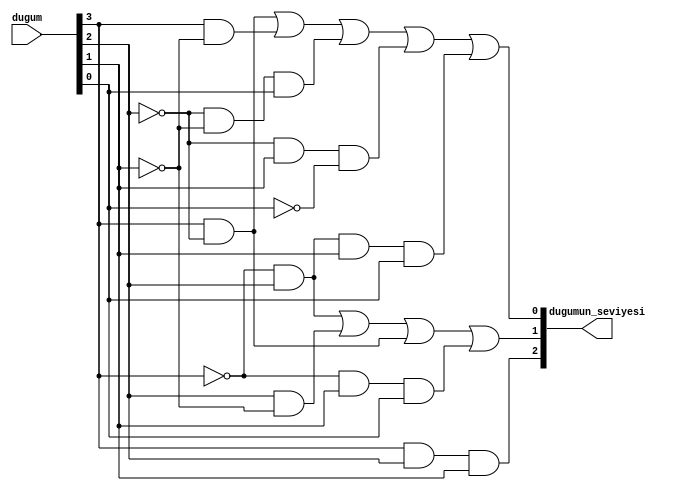
`timescale 1ns / 1ps


module seviye(
    input [3:0] dugum,
    output [2:0] dugumun_seviyesi
    );
    
    wire [3:0] not_dugum;
    
    not (not_dugum[3], dugum[3]); //A
    not (not_dugum[2], dugum[2]); //B
    not (not_dugum[1], dugum[1]); //C
    not (not_dugum[0], dugum[0]); //D
        
    // dugumun_seviyesi[2] 
    and (dugumun_seviyesi[2], dugum[3], dugum[2], dugum[1]);
    
    // dugumun_seviyesi[1] 
    wire nAB, BnC, AnB, nACD;
    
    and (nAB, not_dugum[3], dugum[2]); 
    and (BnC, dugum[2], not_dugum[1]); 
    and (AnB, dugum[3], not_dugum[2]); 
    and (nACD, not_dugum[3], dugum[1], dugum[0]); 
   
    or (dugumun_seviyesi[1], nAB, BnC, AnB, nACD);
    
    // dugumun_seviyesi[0] 
    wire AnC, nBnCD, nBCnD, nABCD;
    
    and (AnC, dugum[3], not_dugum[1]);
    and (nBnCD, not_dugum[2], not_dugum[1], dugum[0]);
    and (nBCnD, not_dugum[2], dugum[1], not_dugum[0]);
    and (nABCD, not_dugum[3], dugum[2], dugum[1], dugum[0]);
    
    or (dugumun_seviyesi[0], AnB, AnC, nBnCD, nBCnD, nABCD);
    
endmodule